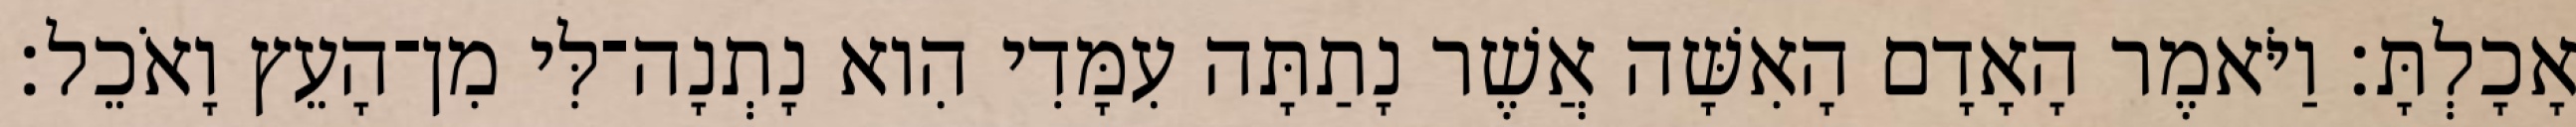
אָכָלְתָּ׃ וַיֹּאמֶר הָאָדָם הָאִשָּׁה אֲשֶׁר נָתַתָּה עִמָּדִי הִוא נָתְנָה־לִּי מִן־הָעֵץ וָאֹכֵל׃